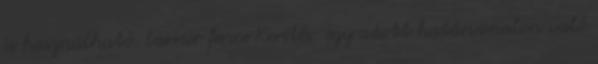
is használható. barrier fence Kerítés: egy adott határvonalon való